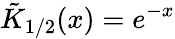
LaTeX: \tilde{K}_{1/2}(x)=e^{-x}